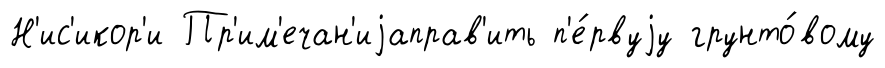
Н'ис'икор'и Пр'им'ечан'иjаправ'ить п'е́рвуjу грунто́вому